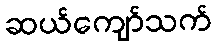
ဆယ်ကျော်သက်